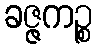
ခဇ္ဇကဉ္စ